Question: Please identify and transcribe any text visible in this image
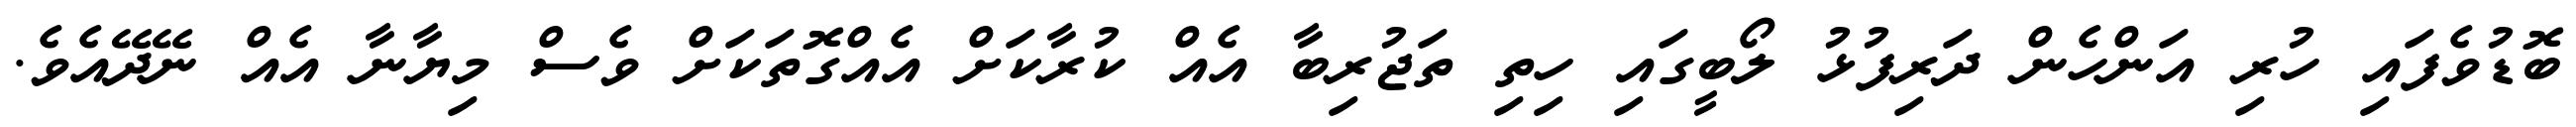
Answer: ބޮޑުވެފައި ހުރި އަންހެން ދަރިފުޅު ލޯބީގައި ހިތި ތަޖުރިބާ އެއް ކުރާކަށް އެއްގޮތަކަށް ވެސް މިޔާނާ އެއް ނޭދޭއެވެ.